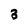
Character: 3